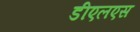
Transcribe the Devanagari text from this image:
डीएलएस